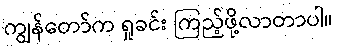
ကျွန်တော်က ရှုခင်း ကြည့်ဖို့လာတာပါ။